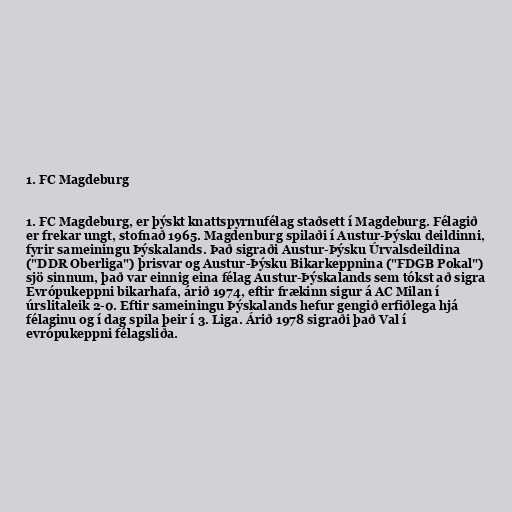
1. FC Magdeburg

1. FC Magdeburg, er þýskt knattspyrnufélag staðsett í Magdeburg. Félagið
er frekar ungt, stofnað 1965. Magdenburg spilaði í Austur-Þýsku deildinni,
fyrir sameiningu Þýskalands. Það sigraði Austur-Þýsku Úrvalsdeildina
("DDR Oberliga") þrisvar og Austur-Þýsku Bikarkeppnina ("FDGB Pokal")
sjö sinnum, það var einnig eina félag Austur-Þýskalands sem tókst að sigra
Evrópukeppni bikarhafa, árið 1974, eftir frækinn sigur á AC Milan í
úrslitaleik 2-0. Eftir sameiningu Þýskalands hefur gengið erfiðlega hjá
félaginu og í dag spila þeir í 3. Liga. Árið 1978 sigraði það Val í
evrópukeppni félagsliða.